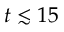
t \lesssim 1 5